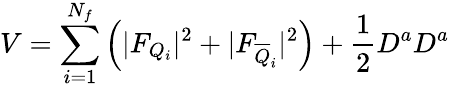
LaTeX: V=\sum_{i=1}^{N_{f}}\left(|F_{Q_{i}}|^{2}+|F_{\overline{{{Q}}}_{i}}|^{2}\right)+\frac{1}{2}D^{a}D^{a}